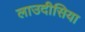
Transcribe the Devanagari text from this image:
लाउदीसिया